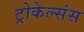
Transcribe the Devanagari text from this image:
ट्रोकेल्संस